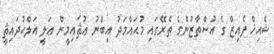
ޝެއިޚް ފެއިޒް ގެ އުސްތާޒުންގެ ތެރޭގައި މުޙައްމަދު އިބްނު ޢުޘައިމީން ޢަލީ އަލްޙުދައިޘީ